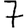
Digit: 7